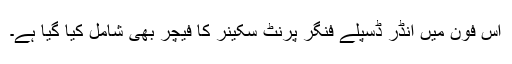
اس فون میں انڈر ڈسپلے فنگر پرنٹ سکینر کا فیچر بھی شامل کیا گیا ہے۔